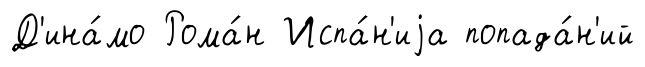
Д'ина́мо Рома́н Испа́н'иjа попада́н'ий